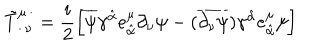
LaTeX: \tilde { T } _ { \cdot \, \nu } ^ { \mu \, \cdot } = \frac { i } { 2 } \left[ \overline { { { \psi } } } \gamma ^ { \hat { \alpha } } e _ { \hat { \alpha } } ^ { \mu } \partial _ { \nu } \psi - ( \overline { { { \partial _ { \nu } \psi } } } ) \gamma ^ { \hat { \alpha } } e _ { \hat { \alpha } } ^ { \mu } \psi \right]